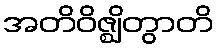
အတိဝိဇ္ဈိတွာတိ